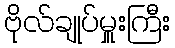
ဗိုလ်ချုပ်မှူးကြီး